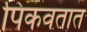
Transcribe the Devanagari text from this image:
पिकवतात